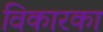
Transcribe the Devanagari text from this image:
विकारका